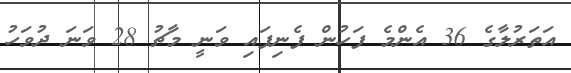
އަތަރުލާގެ 36 އެންމެ ފަހުން ފެނިފައި ވަނީ މާޗު 28 ވަނަ ދުވަހު